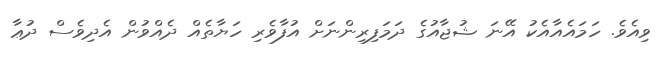
ވިއެވެ. ހަމައެއާއެކު އޭނަ ޝުޖާއުގެ ދަމަފިރިންނަށް އުފާވެރި ހަޔާތެއް ދެއްވުން އެދިވެސް ދުޢާ